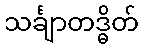
သင်္ချာတဒ္ဓိတ်